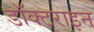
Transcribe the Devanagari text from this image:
डॉक्टराइन